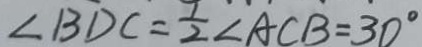
\angle B D C = \frac { 1 } { 2 } \angle A C B = 3 0 ^ { \circ }